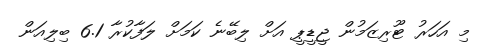
މި އަހަރު ޓޫރިޒަމުން ޖީޑީޕީ އަށް ލިބޭނެ ކަމަށް ލަފާކުރާ 6.1 ބިލިއަން